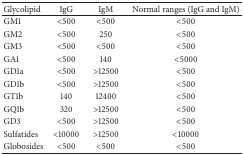
<table><thead><tr><td><b>Glycolipid</b></td><td><b>IgG</b></td><td><b>IgM</b></td><td><b>Normal ranges (IgG and IgM)</b></td></tr></thead><tbody><tr><td>GM1</td><td>&lt;500</td><td>&lt;500</td><td>&lt;500</td></tr><tr><td>GM2</td><td>&lt;500</td><td>250</td><td>&lt;500</td></tr><tr><td>GM3</td><td>&lt;500</td><td>&lt;500</td><td>&lt;500</td></tr><tr><td>GA1</td><td>&lt;500</td><td>140</td><td>&lt;5000</td></tr><tr><td>GD1a</td><td>&lt;500</td><td>&gt;12500</td><td>&lt;500</td></tr><tr><td>GD1b</td><td>&lt;500</td><td>&gt;12500</td><td>&lt;500</td></tr><tr><td>GT1b</td><td>140</td><td>12400</td><td>&lt;500</td></tr><tr><td>GQ1b</td><td>320</td><td>&gt;12500</td><td>&lt;500</td></tr><tr><td>GD3</td><td>&lt;500</td><td>&gt;12500</td><td>&lt;500</td></tr><tr><td>Sulfatides</td><td>&lt;10000</td><td>&gt;12500</td><td>&lt;10000</td></tr><tr><td>Globosides</td><td>&lt;500</td><td>&lt;500</td><td>&lt;500</td></tr></tbody></table>